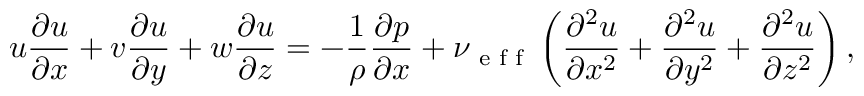
u \frac { \partial u } { \partial x } + v \frac { \partial u } { \partial y } + w \frac { \partial u } { \partial z } = - \frac { 1 } { \rho } \frac { \partial p } { \partial x } + \nu \textsubscript { e f f } \left( \frac { \partial ^ { 2 } u } { \partial x ^ { 2 } } + \frac { \partial ^ { 2 } u } { \partial y ^ { 2 } } + \frac { \partial ^ { 2 } u } { \partial z ^ { 2 } } \right) ,